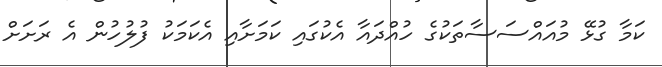
ކަމާ ގުޅޭ މުއައްސަސާތަކުގެ ހުއްދައާ އެކުގައި ކަމަށާއި އެކަމަކު ފުލުހުން އެ ރަށަށް